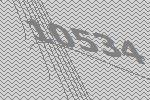
10534